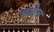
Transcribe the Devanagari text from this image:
बळेच